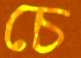
চে